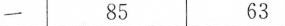
一 85 63